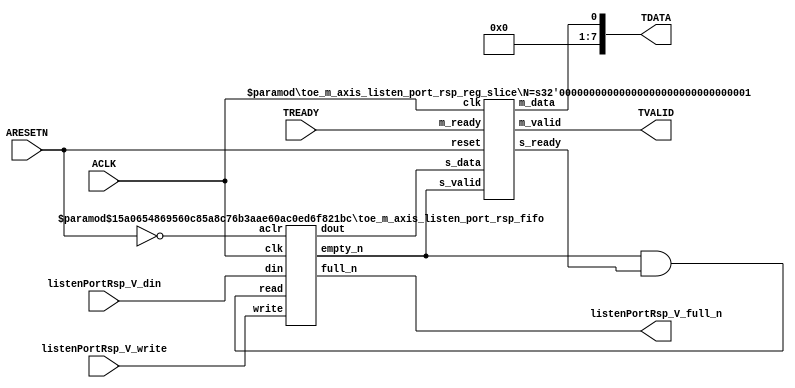
// ==============================================================
// File generated by Vivado(TM) HLS - High-Level Synthesis from C, C++ and SystemC
// Version: 2015.1
// Copyright (C) 2015 Xilinx Inc. All rights reserved.
// 
// ==============================================================


`timescale 1ns/1ps

module toe_m_axis_listen_port_rsp_if (
    // AXI4-Stream singals
    input  wire       ACLK,
    input  wire       ARESETN,
    output wire       TVALID,
    input  wire       TREADY,
    output wire [7:0] TDATA,
    // User signals
    input  wire [0:0] listenPortRsp_V_din,
    output wire       listenPortRsp_V_full_n,
    input  wire       listenPortRsp_V_write
);
//------------------------Local signal-------------------
// FIFO
wire [0:0] fifo_read;
wire [0:0] fifo_empty_n;
wire [0:0] listenPortRsp_V_dout;
wire [0:0] listenPortRsp_V_empty_n;
// register slice
wire [0:0] s_valid;
wire [0:0] s_ready;
wire [0:0] s_data;
wire [0:0] m_valid;
wire [0:0] m_ready;
wire [0:0] m_data;

//------------------------Instantiation------------------
// rs
toe_m_axis_listen_port_rsp_reg_slice #(
    .N       ( 1 )
) rs (
    .clk     ( ACLK ),
    .reset   ( ARESETN ),
    .s_data  ( s_data ),
    .s_valid ( s_valid ),
    .s_ready ( s_ready ),
    .m_data  ( m_data ),
    .m_valid ( m_valid ),
    .m_ready ( m_ready )
);

// listenPortRsp_V_fifo
toe_m_axis_listen_port_rsp_fifo #(
    .DATA_BITS  ( 1 ),
    .DEPTH_BITS ( 4 )
) listenPortRsp_V_fifo (
    .clk        ( ACLK ),
    .aclr       ( ~ARESETN ),
    .empty_n    ( listenPortRsp_V_empty_n ),
    .full_n     ( listenPortRsp_V_full_n ),
    .read       ( fifo_read ),
    .write      ( listenPortRsp_V_write ),
    .dout       ( listenPortRsp_V_dout ),
    .din        ( listenPortRsp_V_din )
);

//------------------------Body---------------------------
//++++++++++++++++++++++++AXI4-Stream++++++++++++++++++++
assign TVALID = m_valid;
assign TDATA  = m_data[0:0];

//+++++++++++++++++++++++++++++++++++++++++++++++++++++++

//++++++++++++++++++++++++Reigister Slice++++++++++++++++
assign s_valid = fifo_empty_n;
assign m_ready = TREADY;
assign s_data  = {listenPortRsp_V_dout};

//+++++++++++++++++++++++++++++++++++++++++++++++++++++++

//++++++++++++++++++++++++FIFO+++++++++++++++++++++++++++
assign fifo_read    = fifo_empty_n & s_ready;
assign fifo_empty_n = listenPortRsp_V_empty_n;

//+++++++++++++++++++++++++++++++++++++++++++++++++++++++

endmodule



`timescale 1ns/1ps

module toe_m_axis_listen_port_rsp_fifo
#(parameter
    DATA_BITS  = 8,
    DEPTH_BITS = 4
)(
    input  wire                 clk,
    input  wire                 aclr,
    output wire                 empty_n,
    output wire                 full_n,
    input  wire                 read,
    input  wire                 write,
    output wire [DATA_BITS-1:0] dout,
    input  wire [DATA_BITS-1:0] din
);
//------------------------Parameter----------------------
localparam
    DEPTH = 1 << DEPTH_BITS;
//------------------------Local signal-------------------
reg                   empty;
reg                   full;
reg  [DEPTH_BITS-1:0] index;
reg  [DATA_BITS-1:0]  mem[0:DEPTH-1];
//------------------------Body---------------------------
assign empty_n = ~empty;
assign full_n  = ~full;
assign dout    = mem[index];

// empty
always @(posedge clk or posedge aclr) begin
    if (aclr)
        empty <= 1'b1;
    else if (empty & write & ~read)
        empty <= 1'b0;
    else if (~empty & ~write & read & (index==1'b0))
        empty <= 1'b1;
end

// full
always @(posedge clk or posedge aclr) begin
    if (aclr)
        full <= 1'b0;
    else if (full & read & ~write)
        full <= 1'b0;
    else if (~full & ~read & write & (index==DEPTH-2'd2))
        full <= 1'b1;
end

// index
always @(posedge clk or posedge aclr) begin
    if (aclr)
        index <= {DEPTH_BITS{1'b1}};
    else if (~empty & ~write & read)
        index <= index - 1'b1;
    else if (~full & ~read & write)
        index <= index + 1'b1;
end

// mem
always @(posedge clk) begin
    if (~full & write) mem[0] <= din;
end

genvar i;
generate
    for (i = 1; i < DEPTH; i = i + 1) begin : gen_sr
        always @(posedge clk) begin
            if (~full & write) mem[i] <= mem[i-1];
        end
    end
endgenerate

endmodule

`timescale 1ns/1ps

module toe_m_axis_listen_port_rsp_reg_slice
#(parameter
    N = 8   // data width
) (
    // system signals
    input  wire         clk,
    input  wire         reset,
    // slave side
    input  wire [N-1:0] s_data,
    input  wire         s_valid,
    output wire         s_ready,
    // master side
    output wire [N-1:0] m_data,
    output wire         m_valid,
    input  wire         m_ready
);
//------------------------Parameter----------------------
// state
localparam [1:0]
    ZERO = 2'b10,
    ONE  = 2'b11,
    TWO  = 2'b01;
//------------------------Local signal-------------------
reg  [N-1:0] data_p1;
reg  [N-1:0] data_p2;
wire         load_p1;
wire         load_p2;
wire         load_p1_from_p2;
reg          s_ready_t;
reg  [1:0]   state;
reg  [1:0]   next;
//------------------------Body---------------------------
assign s_ready = s_ready_t;
assign m_data  = data_p1;
assign m_valid = state[0];

assign load_p1 = (state == ZERO && s_valid) ||
                 (state == ONE && s_valid && m_ready) ||
                 (state == TWO && m_ready);
assign load_p2 = s_valid & s_ready;
assign load_p1_from_p2 = (state == TWO);

// data_p1
always @(posedge clk) begin
    if (load_p1) begin
        if (load_p1_from_p2)
            data_p1 <= data_p2;
        else
            data_p1 <= s_data;
    end
end

// data_p2
always @(posedge clk) begin
    if (load_p2) data_p2 <= s_data;
end

// s_ready_t
always @(posedge clk) begin
    if (~reset)
        s_ready_t <= 1'b0;
    else if (state == ZERO)
        s_ready_t <= 1'b1;
    else if (state == ONE && next == TWO)
        s_ready_t <= 1'b0;
    else if (state == TWO && next == ONE)
        s_ready_t <= 1'b1;
end

// state
always @(posedge clk) begin
    if (~reset)
        state <= ZERO;
    else
        state <= next;
end

// next
always @(*) begin
    case (state)
        ZERO:
            if (s_valid & s_ready)
                next = ONE;
            else
                next = ZERO;
        ONE:
            if (~s_valid & m_ready)
                next = ZERO;
            else if (s_valid & ~m_ready)
                next = TWO;
            else
                next = ONE;
        TWO:
            if (m_ready)
                next = ONE;
            else
                next = TWO;
        default:
            next = ZERO;
    endcase
end

endmodule